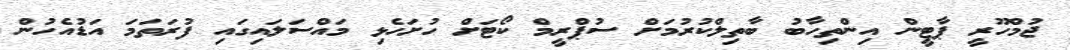
ޖުމްހޫރީ ޕާޓީން އިންތިހާބު ބާތިލްކުރުމަށް ސުޕްރީމް ކޯޓަށް ހުށަހެޅި މައްސަލައިގައި ފުރަތަމަ އަޑުއެހުން